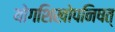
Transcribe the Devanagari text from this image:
योगशिखोपनिषत्‌